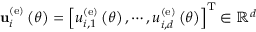
{ \bf u } _ { i } ^ { \left( \mathrm { e } \right) } \left( \theta \right) = \left[ u _ { i , 1 } ^ { \left( \mathrm { e } \right) } \left( \theta \right) , \cdots , u _ { i , d } ^ { \left( \mathrm { e } \right) } \left( \theta \right) \right] ^ { \mathrm { T } } \in \mathbb { R } ^ { d }